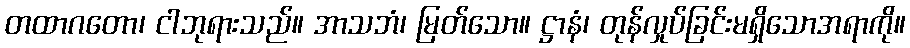
တထာဂတော၊ ငါဘုရားသည်။ အာသဘံ၊ မြတ်သော။ ဋ္ဌာနံ၊ တုန်လှုပ်ခြင်းမရှိသောအရာကို။